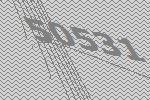
50531